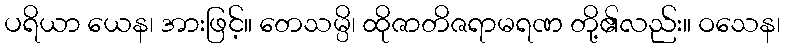
ပရိယာ ယေန၊ အားဖြင့်။ တေသမ္ပိ၊ ထိုဇာတိဇရာမရဏ တို့၏လည်း။ ဝသေန၊